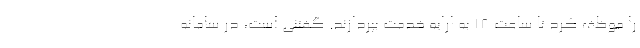
را موظف کرد تا ساعت 18 به ارایه خدمت بپردازند. گفتنی است، در سامانه